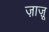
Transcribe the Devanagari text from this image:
ज़ाज़ू